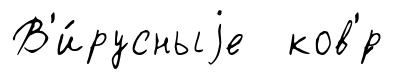
В'и́русныjе ков'́р